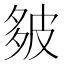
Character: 𪤻